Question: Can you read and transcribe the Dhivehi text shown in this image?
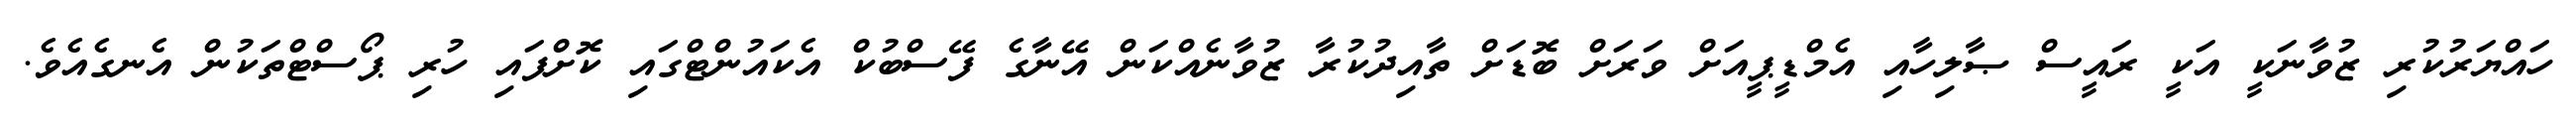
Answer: ހައްޔަރުކުރި ޒުވާނަކީ އަކީ ރައީސް ޞާލިހާއި އެމްޑީޕީއަށް ވަރަށް ބޮޑަށް ތާއިދުކުރާ ޒުވާނެއްކަން އޭނާގެ ފޭސްބުކް އެކައުންޓްގައި ކޮށްފައި ހުރި ޕޯސްޓްތަކުން އެނގެއެވެ.